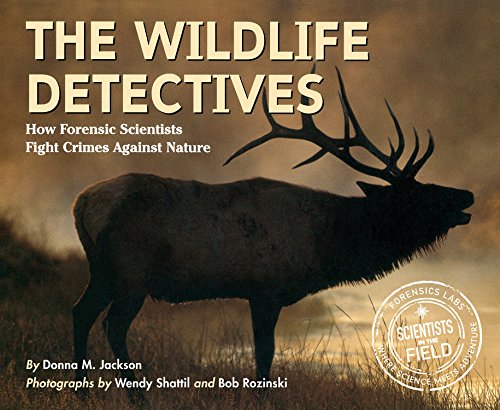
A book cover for The Wildlife Detectives: How Forensic Scientists Fight Crimes Against Nature; Donna M. Jackson; Children's Books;